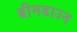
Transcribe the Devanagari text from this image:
ब्रीमडाउन